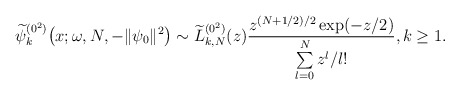
\begin{gather*} \widetilde{\psi }_{k}^{(0^{2})}\big(x;\omega ,N,- \Vert \psi _{0} \Vert ^{2}\big)\sim \widetilde{L}_{k,N}^{(0^{2})} ( z ) \frac{z^{(N+1/2) /2}\exp ( -z/2 ) }{ \sum\limits_{l=0}^{N}z^{l}/l!}, k\geq 1.\end{gather*}